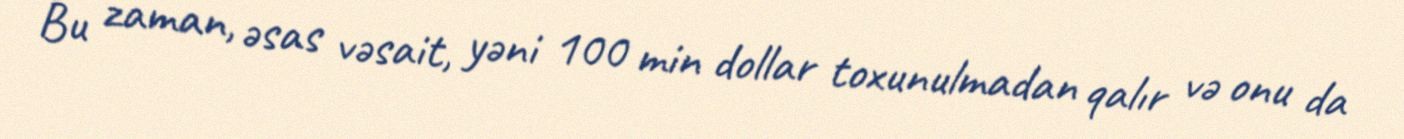
Bu zaman, əsas vəsait, yəni 100 min dollar toxunulmadan qalır və onu da